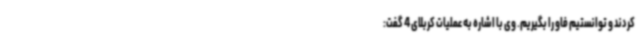
کردند و توانستیم فاو را بگیریم. وی با اشاره به عملیات کربلای 4 گفت: